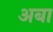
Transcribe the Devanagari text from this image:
अबा